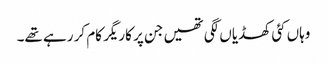
وہاں کئی کھڈیاں لگی تھیں جن پر کاریگر کام کر رہے تھے۔